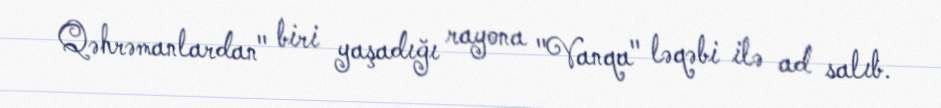
Qəhrəmanlardan" biri yaşadığı rayona "Vanqa" ləqəbi ilə ad salıb.